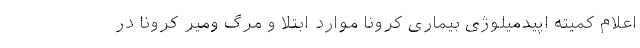
اعلام کمیته اپیدمیلوژی بیماری کرونا موارد ابتلا و مرگ ومیر کرونا در